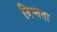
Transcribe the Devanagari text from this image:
दिप्तता